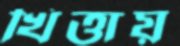
খিত্তায়